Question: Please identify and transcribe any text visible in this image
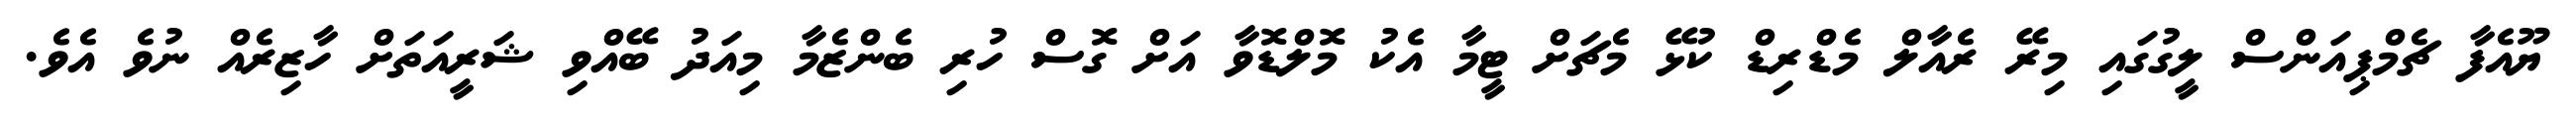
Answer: ޔޫއެފާ ޗެމްޕިއަންސް ލީގުގައި މިރޭ ރެއާލް މެޑްރިޑް ކުޅޭ މެޗަށް ޓީމާ އެކު މޮލްޑޮވާ އަށް ގޮސް ހުރި ބެންޒެމާ މިއަދު ބޭއްވި ޝަރީއަތަށް ހާޒިރެއް ނުވެ އެވެ.